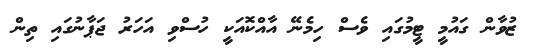
ޒުވާން ގައުމީ ޓީމުގައި ވެސް ހިމެނޭ އާއްކޮއަކީ ހުސްވި އަހަރު ޖަޕާނުގައި ތިން